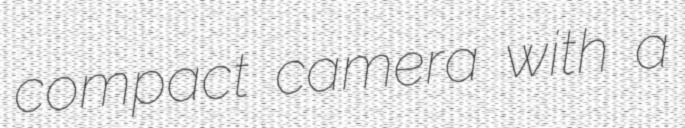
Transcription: compact camera with a